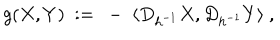
g ( X , Y ) \ : = \ - \; \langle D _ { h ^ { - 1 } } X , D _ { h ^ { - 1 } } Y \rangle \ ,